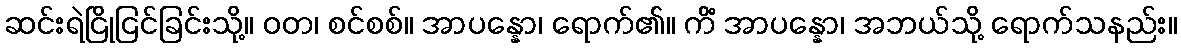
ဆင်းရဲငြိုငြင်ခြင်းသို့။ ဝတ၊ စင်စစ်။ အာပန္နော၊ ရောက်၏။ ကိံ အာပန္နော၊ အဘယ်သို့ ရောက်သနည်း။